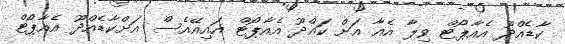
ކާޑެއްދޫ އެއާޕޯޓް ވިލާ އެއާ އަށް ކައްދޫ އެއާޕޯޓް އައިއޭއެސް އަށްކާޑެއްދޫ އެއާޕޯޓް